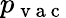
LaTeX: p_{\mathrm{~v~a~c~}}